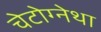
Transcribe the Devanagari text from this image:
चेटोग्नेथा